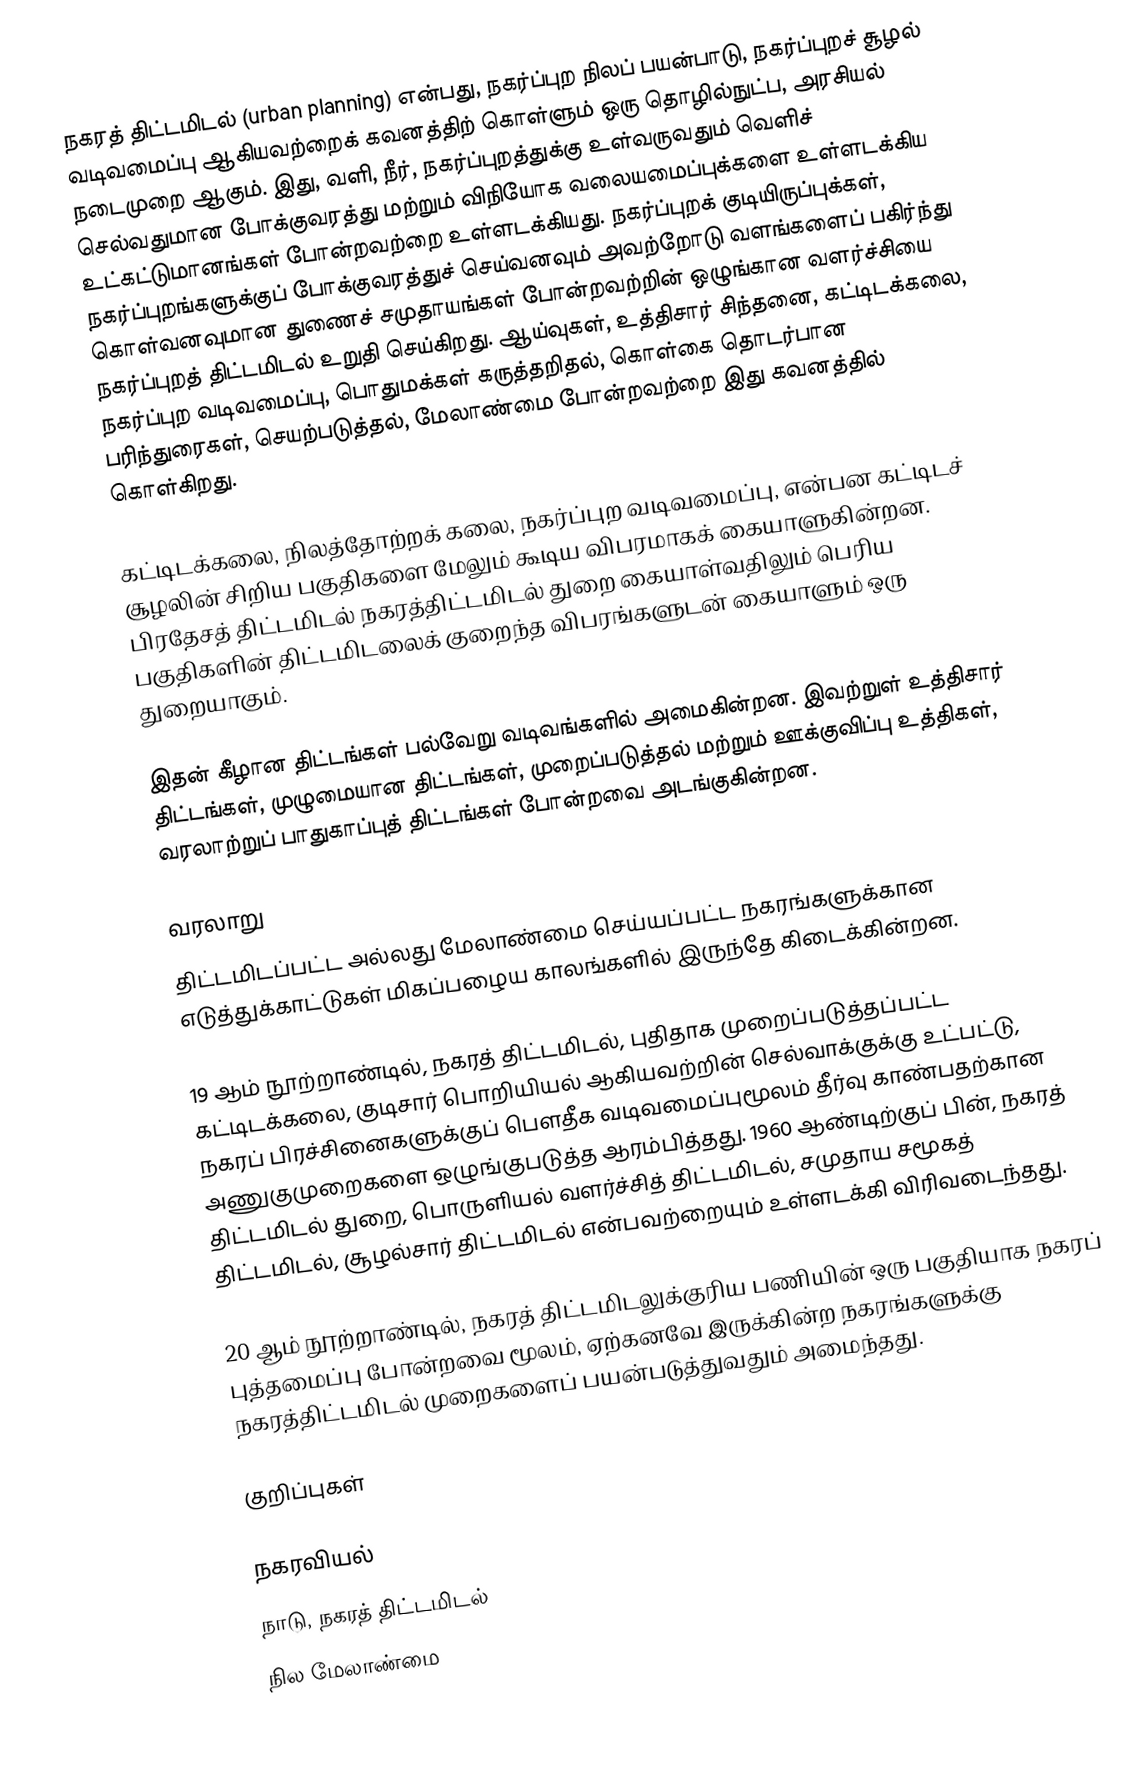
நகரத் திட்டமிடல் (urban planning) என்பது, நகர்ப்புற நிலப் பயன்பாடு, நகர்ப்புறச் சூழல் வடிவமைப்பு ஆகியவற்றைக் கவனத்திற் கொள்ளும் ஒரு தொழில்நுட்ப, அரசியல் நடைமுறை ஆகும். இது, வளி, நீர், நகர்ப்புறத்துக்கு உள்வருவதும் வெளிச் செல்வதுமான போக்குவரத்து மற்றும் விநியோக வலையமைப்புக்களை உள்ளடக்கிய உட்கட்டுமானங்கள் போன்றவற்றை உள்ளடக்கியது. நகர்ப்புறக் குடியிருப்புக்கள், நகர்ப்புறங்களுக்குப் போக்குவரத்துச் செய்வனவும் அவற்றோடு வளங்களைப் பகிர்ந்து கொள்வனவுமான துணைச் சமுதாயங்கள் போன்றவற்றின் ஒழுங்கான வளர்ச்சியை நகர்ப்புறத் திட்டமிடல் உறுதி செய்கிறது. ஆய்வுகள், உத்திசார் சிந்தனை, கட்டிடக்கலை, நகர்ப்புற வடிவமைப்பு, பொதுமக்கள் கருத்தறிதல், கொள்கை தொடர்பான பரிந்துரைகள், செயற்படுத்தல், மேலாண்மை போன்றவற்றை இது கவனத்தில் கொள்கிறது.

கட்டிடக்கலை, நிலத்தோற்றக் கலை, நகர்ப்புற வடிவமைப்பு, என்பன கட்டிடச் சூழலின் சிறிய பகுதிகளை மேலும் கூடிய விபரமாகக் கையாளுகின்றன. பிரதேசத் திட்டமிடல் நகரத்திட்டமிடல் துறை கையாள்வதிலும் பெரிய பகுதிகளின் திட்டமிடலைக் குறைந்த விபரங்களுடன் கையாளும் ஒரு துறையாகும்.

இதன் கீழான திட்டங்கள் பல்வேறு வடிவங்களில் அமைகின்றன. இவற்றுள் உத்திசார் திட்டங்கள், முழுமையான திட்டங்கள், முறைப்படுத்தல் மற்றும் ஊக்குவிப்பு உத்திகள், வரலாற்றுப் பாதுகாப்புத் திட்டங்கள் போன்றவை அடங்குகின்றன.

வரலாறு
திட்டமிடப்பட்ட அல்லது மேலாண்மை செய்யப்பட்ட நகரங்களுக்கான எடுத்துக்காட்டுகள் மிகப்பழைய காலங்களில் இருந்தே கிடைக்கின்றன.

19 ஆம் நூற்றாண்டில், நகரத் திட்டமிடல், புதிதாக முறைப்படுத்தப்பட்ட கட்டிடக்கலை, குடிசார் பொறியியல் ஆகியவற்றின் செல்வாக்குக்கு உட்பட்டு, நகரப் பிரச்சினைகளுக்குப் பௌதீக வடிவமைப்புமூலம் தீர்வு காண்பதற்கான அணுகுமுறைகளை ஒழுங்குபடுத்த ஆரம்பித்தது. 1960 ஆண்டிற்குப் பின், நகரத் திட்டமிடல் துறை, பொருளியல் வளர்ச்சித் திட்டமிடல், சமுதாய சமூகத் திட்டமிடல், சூழல்சார் திட்டமிடல் என்பவற்றையும் உள்ளடக்கி விரிவடைந்தது.

20 ஆம் நூற்றாண்டில், நகரத் திட்டமிடலுக்குரிய பணியின் ஒரு பகுதியாக நகரப் புத்தமைப்பு போன்றவை மூலம், ஏற்கனவே இருக்கின்ற நகரங்களுக்கு நகரத்திட்டமிடல் முறைகளைப் பயன்படுத்துவதும் அமைந்தது.

குறிப்புகள்

நகரவியல்
நாடு, நகரத் திட்டமிடல்
நில மேலாண்மை